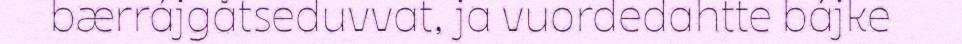
bærrájgåtseduvvat, ja vuordedahtte bájke